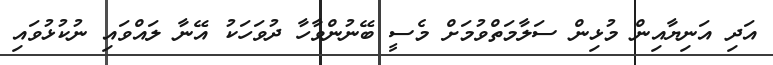
އަދި އަނިޔާއިން މުޅިން ސަލާމަތްވުމަށް މެސީ ބޭނުންވާހާ ދުވަހަކު އޭނާ ލައްވައި ނުކުޅުވައި